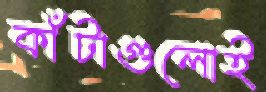
কাঁটাগুলোই